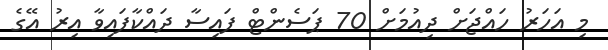
މި އަހަރު ހައްޖަށް ދިއުމަށް 70 ޕަސެންޓް ފައިސާ ދައްކާފައިވާ އިރު އޭގެ